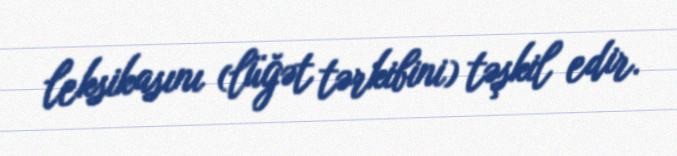
leksikasını (lüğət tərkibini) təşkil edir.